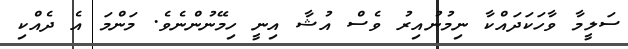
ސަލީމާ ވާހަކަދައްކާ ނިމުނުއިރު ވެސް އުޝާ އިނީ ހިމޭނުންނެވެ. މަންމަ އެ ދެއްކި